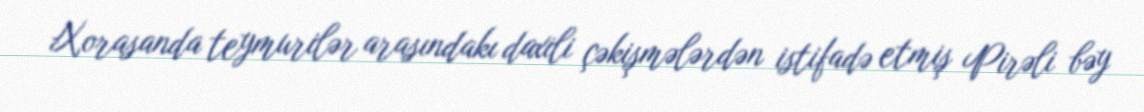
Xorasanda teymurilər arasındakı daxili çəkişmələrdən istifadə etmiş Pirəli bəy